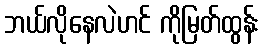
ဘယ်လိုနေလဲဟင် ကိုမြတ်ထွန်း